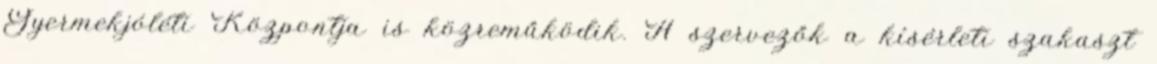
Gyermekjóléti Központja is közreműködik. A szervezők a kísérleti szakaszt